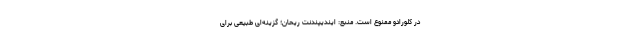
در کلورادو ممنوع است. منبع: ایندیپندنت ریحان؛ گزینه‌ای طبیعی برای